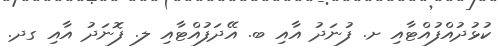
ކުޅުދުއްފުއްޓާއި ށ. ފުނަދު އާއި ބ. އޭދަފުއްޓާއި ލ. ފޮނަދު އާއި ގދ.